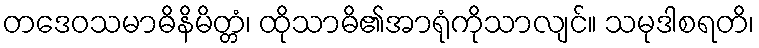
တဒေဝသမာဓိနိမိတ္တံ၊ ထိုသာဓိ၏အာရုံကိုသာလျင်။ သမုဒါစရတိ၊